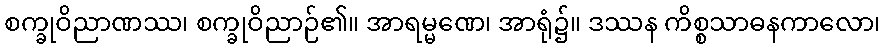
စက္ခုဝိညာဏဿ၊ စက္ခုဝိညာဉ်၏။ အာရမ္မဏေ၊ အာရုံ၌။ ဒဿန ကိစ္စသာဓနကာလော၊